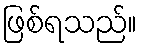
ဖြစ်ရသည်။